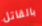
بالقاتل